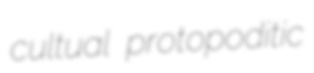
cultual protopoditic